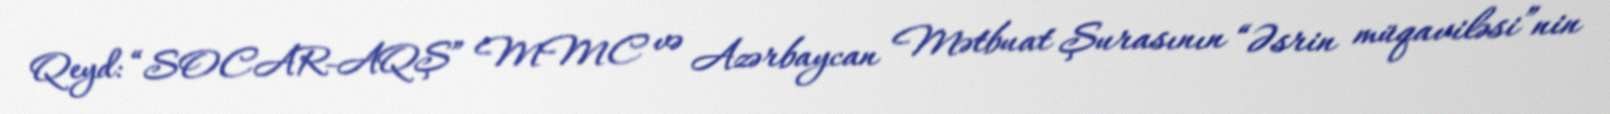
Qeyd: “SOCAR-AQŞ” MMC və Azərbaycan Mətbuat Şurasının “Əsrin müqaviləsi”nin